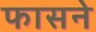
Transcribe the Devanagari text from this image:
फासने